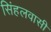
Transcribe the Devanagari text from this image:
सिंहलवासी